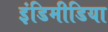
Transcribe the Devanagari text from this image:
इंडिमीडिया